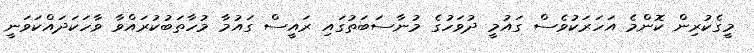
މީގެކުރިން ކޮންމެ އަހަރަކުވެސް ގައުމީ ދުވަހުގެ މުނާސަބަތުގައި ރައީސް ގައުމާ މުހާތަބުކުރައްވާ ވާހަކަދައްކަވަނީ